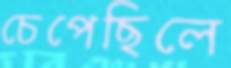
চেপেছিলে